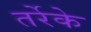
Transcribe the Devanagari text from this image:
तर्रेके